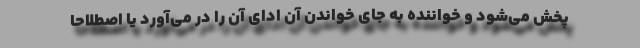
پخش می‌شود و خواننده به جای خواندن آن ادای آن را در می‌آورد یا اصطلاحا